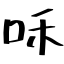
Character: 咊